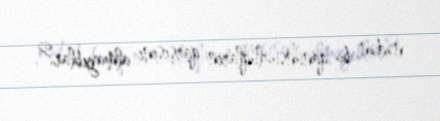
nədən bu qanunsuzluqların qarşısını almayıblar?.